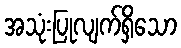
အသုံးပြုလျက်ရှိသော